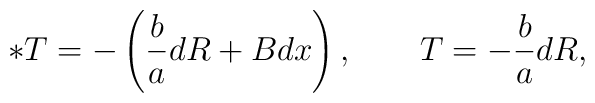
\ast T= -\left({b\over a}dR + Bdx\right),\qquad T=-{b\over a}dR,